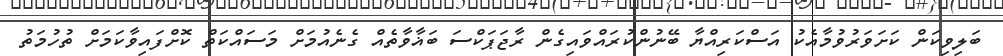
ބަލިވިކަން ކަށަވަރުވުމާއެކު އަސްކަރިއްޔާ ބޭނުންކުރައްވައިގެން ރާޖަޕަކްސަ ބަޣާވާތެއް ގެނެއުމަށް މަސައްކަތް ކޮށްފައިވާކަމަށް ތުހުމަތު